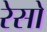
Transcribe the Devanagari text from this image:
रेसो